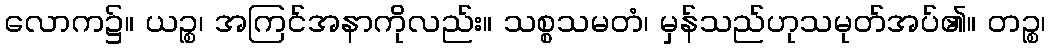
လောက၌။ ယဉ္စ၊ အကြင်အနာကိုလည်း။ သစ္စသမတံ၊ မှန်သည်ဟုသမုတ်အပ်၏။ တဉ္စ၊